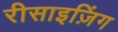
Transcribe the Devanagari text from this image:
रीसाइज़िंग